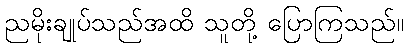
ညမိုးချုပ်သည်အထိ သူတို့ ပြောကြသည်။